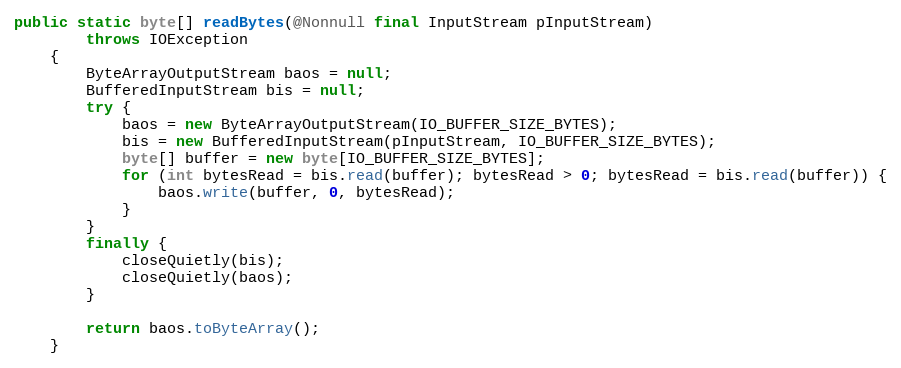
Language: Java
public static byte[] readBytes(@Nonnull final InputStream pInputStream)
        throws IOException
    {
        ByteArrayOutputStream baos = null;
        BufferedInputStream bis = null;
        try {
            baos = new ByteArrayOutputStream(IO_BUFFER_SIZE_BYTES);
            bis = new BufferedInputStream(pInputStream, IO_BUFFER_SIZE_BYTES);
            byte[] buffer = new byte[IO_BUFFER_SIZE_BYTES];
            for (int bytesRead = bis.read(buffer); bytesRead > 0; bytesRead = bis.read(buffer)) {
                baos.write(buffer, 0, bytesRead);
            }
        }
        finally {
            closeQuietly(bis);
            closeQuietly(baos);
        }

        return baos.toByteArray();
    }